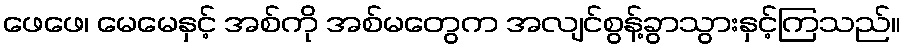
ဖေဖေ၊ မေမေနှင့် အစ်ကို အစ်မတွေက အလျင်စွန့်ခွာသွားနှင့်ကြသည်။